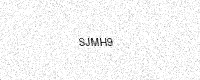
Text: SJMH9